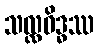
သလ္လဝိဒ္ဓဿ